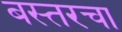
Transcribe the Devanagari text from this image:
बस्तरचा